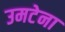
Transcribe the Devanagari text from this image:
उमटेना